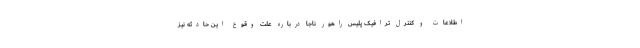
اطلاعات و کنترل ترافیک پلیس راهور ناجا درباره علت وقوع این حادثه نیز